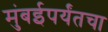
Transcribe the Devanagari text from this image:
मुंबईपर्यंतचा